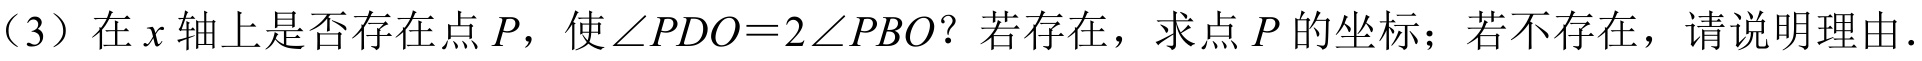
（3）在\(x\)轴上是否存在点\(P\)，使\(\angle PDO = 2\angle PBO\)？若存在，求点\(P\)的坐标；若不存在，请说明理由.